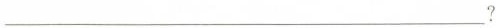
___?